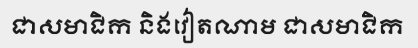
ជាសមាជិក និងវៀតណាម ជាសមាជិក